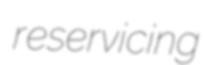
reservicing